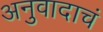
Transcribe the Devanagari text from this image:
अनुवादाचं